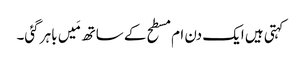
کہتی ہیں ایک دن ام مسطح کے ساتھ مَیں باہر گئی۔